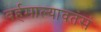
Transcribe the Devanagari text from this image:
बर्हमाल्यावतंसं